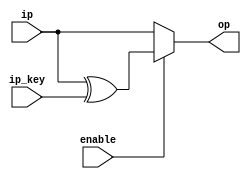
module AddRndKey_top(
input [127:0] ip,
input [127:0] ip_key,
input enable,
output [127:0] op
);
////enter your code here
wire [127:0]op_temp;

assign op_temp[127:0] = ip[127:0] ^ ip_key[127:0];

assign op = enable ? op_temp : ip;

endmodule